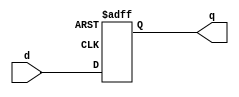
module async_dff (d,q);

input d;
output q;
reg out;

always @(posedge clk or negedge reset_)
    if (~reset_)
        q<=0;
    else
        q<=d;
    
endmodule